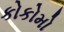
કોકોમો